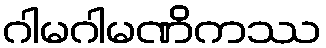
ဂါမဂါမဏိကဿ